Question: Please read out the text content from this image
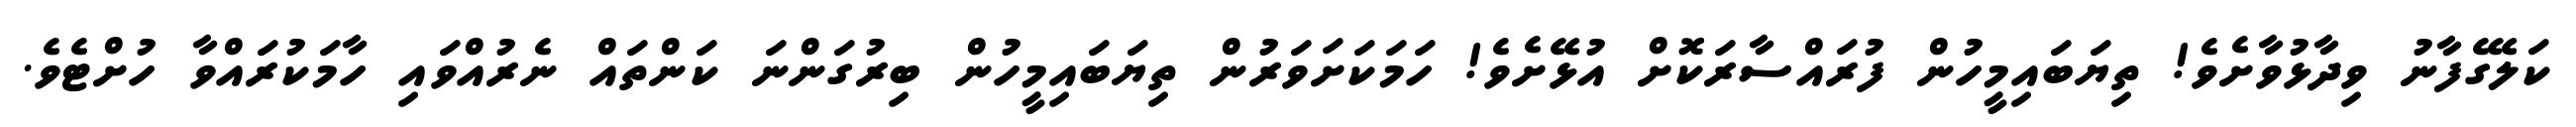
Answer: ކަލޭގެފާނު ވިދާޅުވާށެވެ! ތިޔަބައިމީހުން ފުރައްސާރަކޮށް އުޅޭށެވެ! ހަމަކަށަވަރުން ތިޔަބައިމީހުން ބިރުގަންނަ ކަންތައް ނެރުއްވައި ހާމަކުރައްވާ ހުށްޓެވެ.